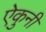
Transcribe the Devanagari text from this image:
ऐकुनी